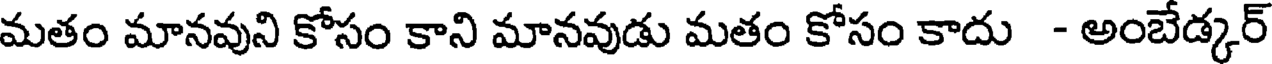
మతం మానవుని కోసం కాని మానవుడు మతం కోసం కాదు - అంబేడ్కర్